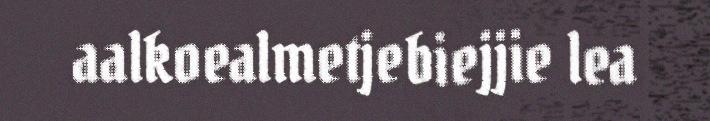
aalkoealmetjebiejjie lea